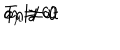
LaTeX: a _ { \mu } \ne 0 \hspace { 5 m m } \mathrm { o n l y ~ a t } \hspace { 5 m m } T = 0